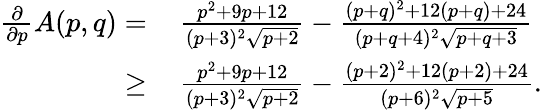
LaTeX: \begin{array}{rl}{\frac{\partial}{\partial p}A(p,q)=}&{\, \frac{p^{2}+9p+12}{(p+3)^{2}\sqrt{p+2}}-\frac{(p+q)^{2}+12(p+q)+24}{(p+q+4)^{2}\sqrt{p+q+3}}}\\ {\geq}&{\, \frac{p^{2}+9p+12}{(p+3)^{2}\sqrt{p+2}}-\frac{(p+2)^{2}+12(p+2)+24}{(p+6)^{2}\sqrt{p+5}}.}\end{array}